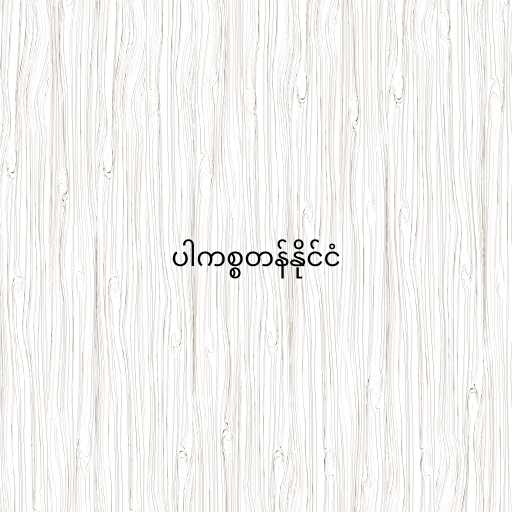
ပါကစ္စတန်နိုင်ငံ